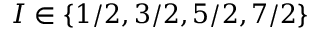
I \in \{ 1 / 2 , 3 / 2 , 5 / 2 , 7 / 2 \}